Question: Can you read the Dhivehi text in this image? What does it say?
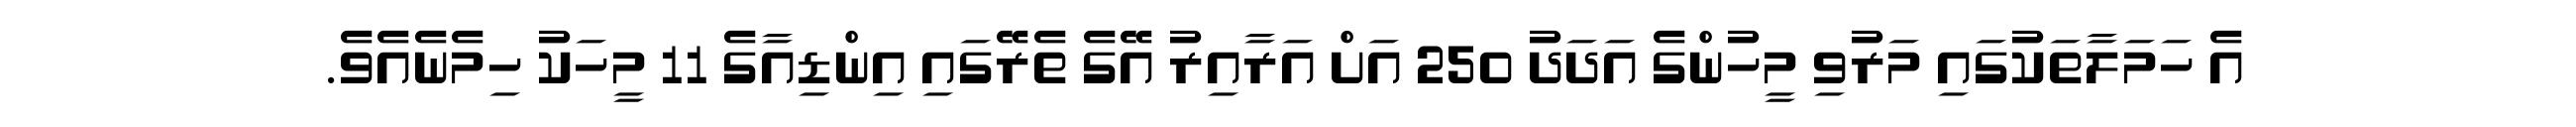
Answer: އެ ހަމަލާތަކުގައި މަރުވި މީހުންގެ އަދަދު 250 އަށް އަރާއިރު އޭގެ ތެރޭގައި އިންޑިއާގެ 11 މީހަކު ހިމެނެއެވެ.